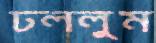
ঢললুম